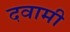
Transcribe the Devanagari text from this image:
दवामी